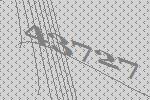
43727